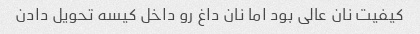
کیفیت نان عالی بود اما نان داغ رو داخل کیسه تحویل دادن